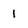
Character: I